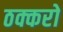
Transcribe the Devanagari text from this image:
ठक्करो